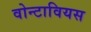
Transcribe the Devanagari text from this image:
वोन्टावियस